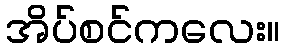
အိပ်စင်ကလေး။